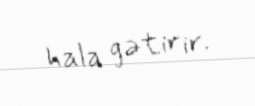
hala gətirir.